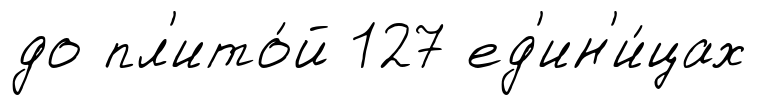
до пл'ито́й 127 ед'ин'и́цах